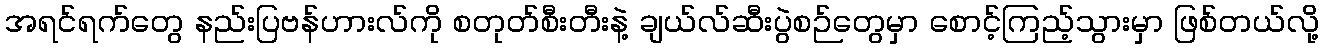
အရင်ရက်တွေ နည်းပြဗန်ဟားလ်ကို စတုတ်စီးတီးနဲ့ ချယ်လ်ဆီးပွဲစဉ်တွေမှာ စောင့်ကြည့်သွားမှာ ဖြစ်တယ်လို့